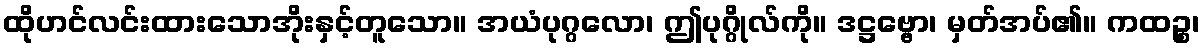
ထိုဟင်လင်းထားသောအိုးနှင့်တူသော။ အယံပုဂ္ဂလော၊ ဤပုဂ္ဂိုလ်ကို။ ဒဋ္ဌဗ္ဗော၊ မှတ်အပ်၏။ ကထဉ္စ၊